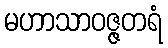
မဟာသာဝဇ္ဇတရံ